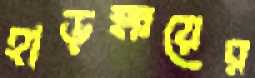
হাড়ক্ষয়ের